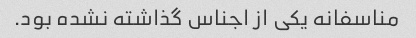
مناسفانه یکی از اجناس گذاشته نشده بود.